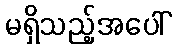
မရှိသည့်အပေါ်